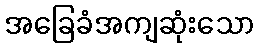
အခြေခံအကျဆုံးသော